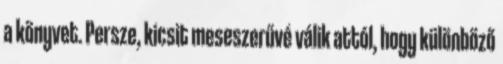
a könyvet. Persze, kicsit meseszerűvé válik attól, hogy különböző